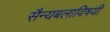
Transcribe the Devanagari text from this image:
सैन्यबलाविषयी